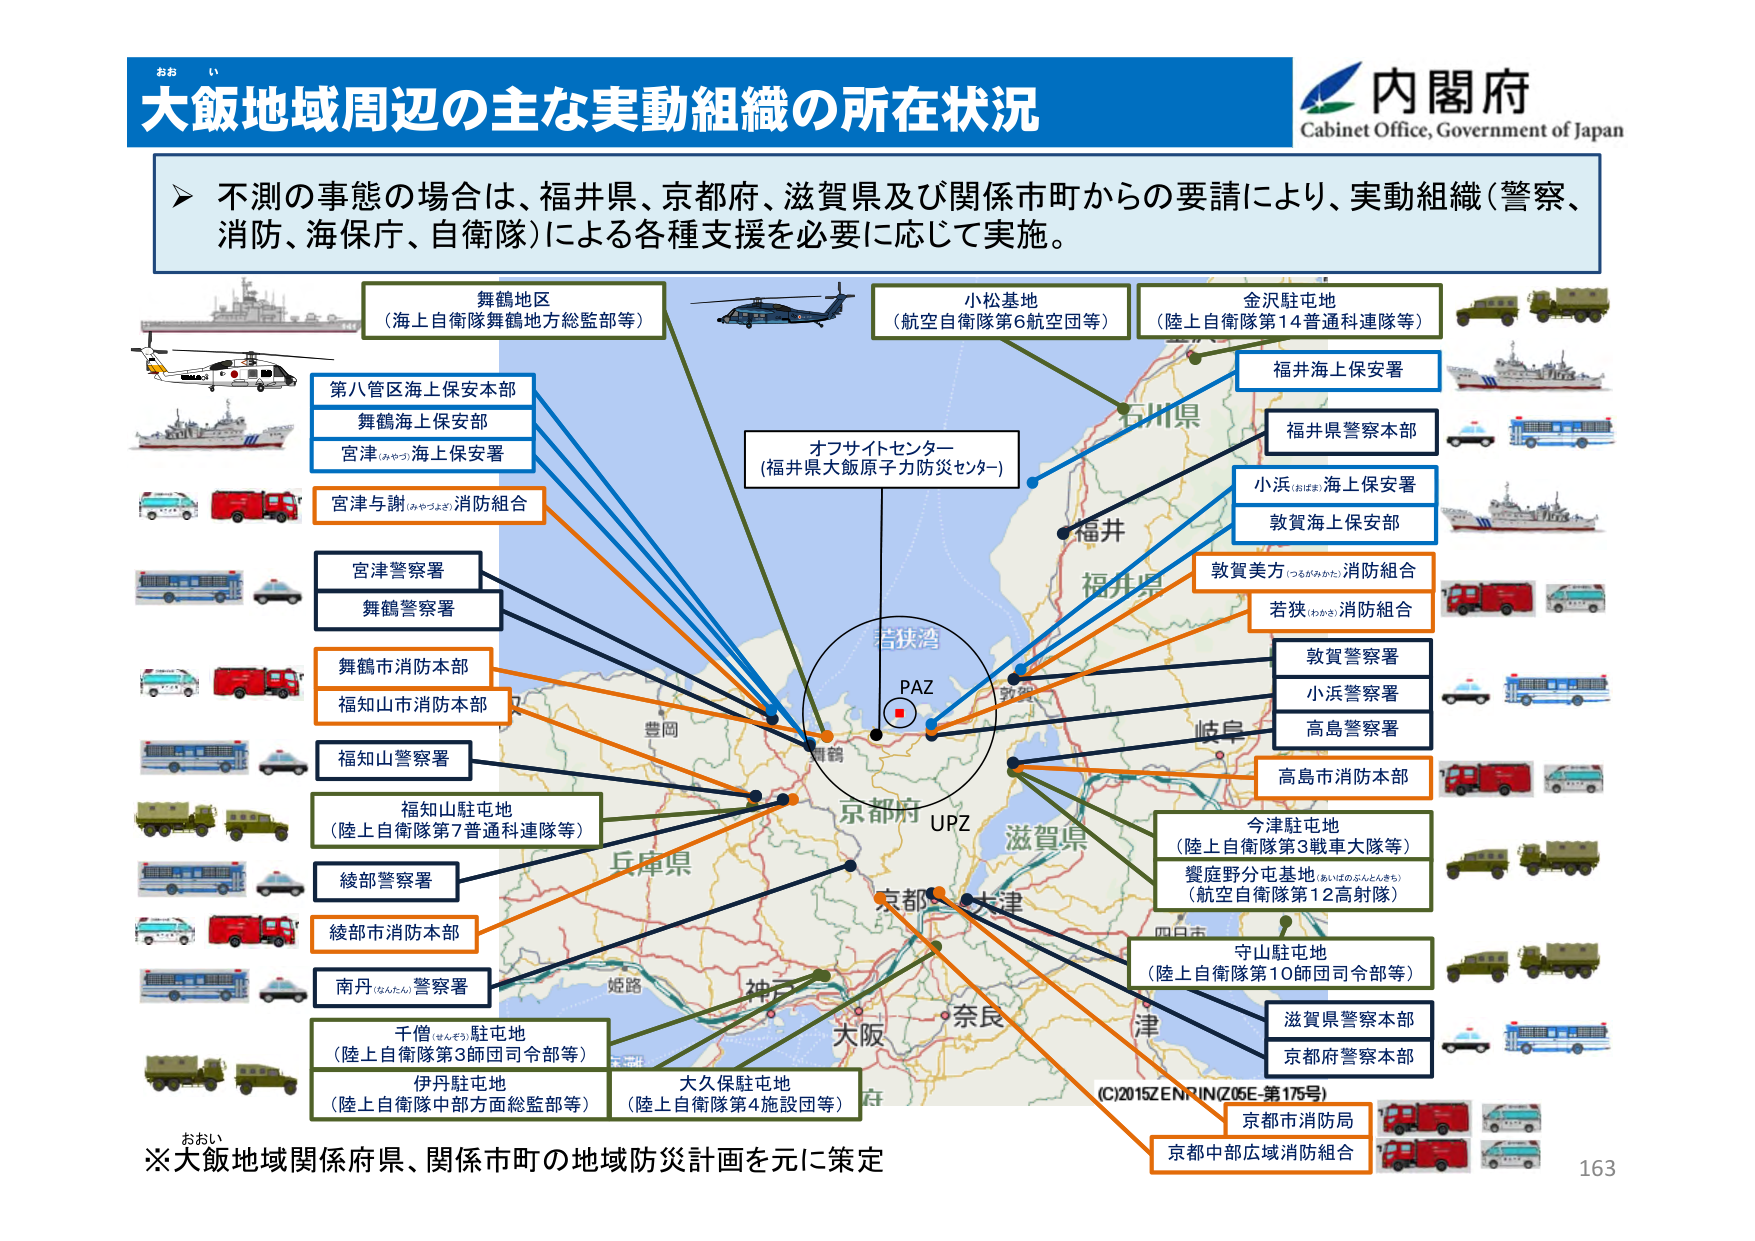
おお い
大飯地域周辺の主な実動組織の所在状況
内閣府
Cabinet Office, Government of Japan

➤ 不測の事態の場合は、福井県、京都府、滋賀県及び関係市町からの要請により、実動組織（警察、消防、海保庁、自衛隊）による各種支援を必要に応じて実施。

舞鶴地区
（海上自衛隊舞鶴地方総監部等）

小松基地
（航空自衛隊第6航空団等）

金沢駐屯地
（陸上自衛隊第14普通科連隊等）

第八管区海上保安本部
舞鶴海上保安部
宮津（みやつ）海上保安署

オフサイトセンター
（福井県大飯原子力防災センター）

福井海上保安署

福井県警察本部

小浜（おばま）海上保安署

敦賀海上保安部

宮津与謝（みやつさ）消防組合

敦賀美方（つるがみかた）消防組合

若狭（わかさ）消防組合

宮津警察署
舞鶴警察署

舞鶴市消防本部
福知山市消防本部

敦賀警察署
小浜警察署
高島警察署

福知山警察署

高島市消防本部

福知山駐屯地
（陸上自衛隊第7普通科連隊等）

今津駐屯地
（陸上自衛隊第3戦車大隊等）
饗庭野分屯基地（あいばのぶんとんきち）
（航空自衛隊第12高射隊）

綾部警察署

綾部市消防本部

南丹（なんだん）警察署

千僧（せんそう）駐屯地
（陸上自衛隊第3師団司令部等）
伊丹駐屯地
（陸上自衛隊中部方面総監部等）
大久保駐屯地
（陸上自衛隊第4施設団等）

守山駐屯地
（陸上自衛隊第10師団司令部等）

滋賀県警察本部
京都府警察本部

京都府
滋賀県
福井県
石川県
岐阜
大阪
奈良
津
四日市
姫路
神戸
兵庫県
豊岡
若狭湾
PAZ
UPZ
舞鶴

(C)2015ZENRIN(Z05E-第175号)

京都市消防局
京都中部広域消防組合

※大飯地域関係府県、関係市町の地域防災計画を元に策定

163